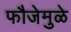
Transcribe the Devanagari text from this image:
फौजेमुळे